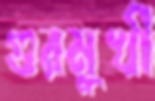
গুরমুখী